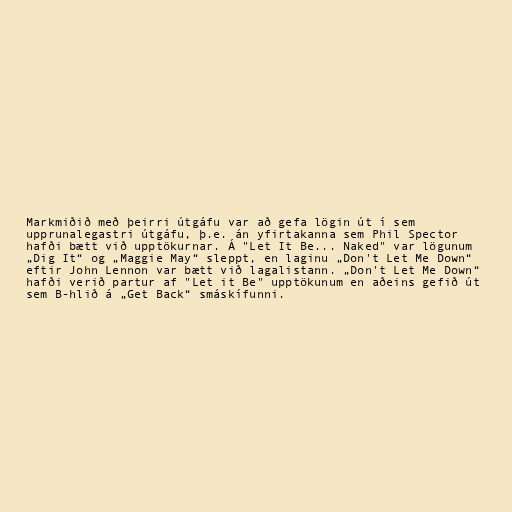
Markmiðið með þeirri útgáfu var að gefa lögin út í sem
upprunalegastri útgáfu, þ.e. án yfirtakanna sem Phil Spector
hafði bætt við upptökurnar. Á "Let It Be... Naked" var lögunum
„Dig It“ og „Maggie May“ sleppt, en laginu „Don't Let Me Down“
eftir John Lennon var bætt við lagalistann. „Don't Let Me Down“
hafði verið partur af "Let it Be" upptökunum en aðeins gefið út
sem B-hlið á „Get Back“ smáskífunni.